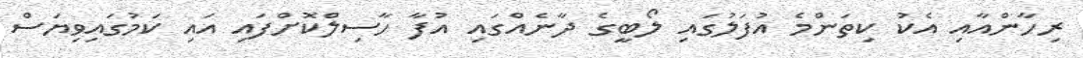
ރިހާންއާއި އެކު ކިތަންމެ އުފަލުގައި ލޯބީގެ ދާނެއްގައި އުފާ ހާސިލްކޮށްފައި އައި ކަމުގައިވިޔަސް